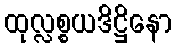
ထုလ္လစ္စယဒိဋ္ဌိနော